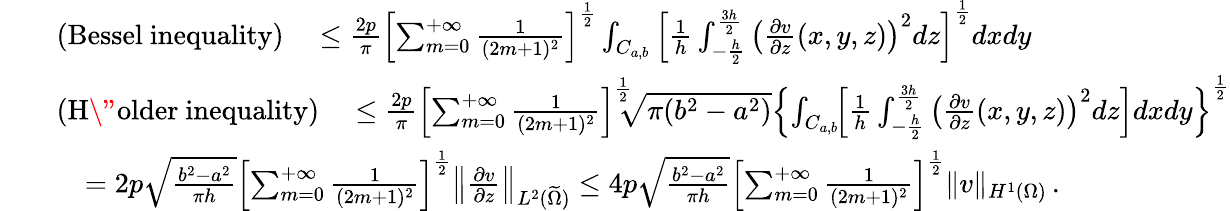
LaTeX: \begin{array}{rl}&{\quad\mathrm{(Bessel~inequality)}\quad\le\frac{2p}\pi\left[\sum_{m=0}^{+\infty}\frac{1}{(2m+1)^{2}}\right]^{\frac 12}\int_{C_{a,b}}\left[\frac 1h\int_{-\frac h2}^{\frac{3h}{2}}\left(\frac{\partial v}{\partial z}(x,y,z)\right)^{2}dz\right]^{\frac 12}dxdy}\\ &{\quad\mathrm{(H\" older~inequality)}\quad\le\frac{2p}\pi\left[\sum_{m=0}^{+\infty}\frac{1}{(2m+1)^{2}}\right]^{\frac 12}\! \! \! \sqrt{\pi(b^{2}-a^{2})}\left\{ \int_{C_{a,b}}\! \! \left[\frac 1h\int_{-\frac h2}^{\frac{3h}{2}}\left(\frac{\partial v}{\partial z}(x,y,z)\right)^{2}dz\right]dxdy\right\} ^{\frac 12}}\\ &{\qquad=2p\sqrt{\frac{b^{2}-a^{2}}{\pi h}}\left[\sum_{m=0}^{+\infty}\frac{1}{(2m+1)^{2}}\right]^{\frac 12}\left\| \frac{\partial v}{\partial z}\right\| _{L^{2}(\widetilde\Omega)}\le 4p\sqrt{\frac{b^{2}-a^{2}}{\pi h}}\left[\sum_{m=0}^{+\infty}\frac{1}{(2m+1)^{2}}\right]^{\frac 12}\| v\| _{H^{1}(\Omega)}\, .}\end{array}